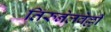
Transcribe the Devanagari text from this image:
तिरुनेलवेल्ली